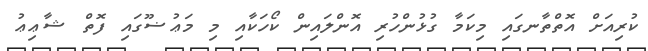
ކުރިއަށް އޮތްތާނގައި މިކަމާ ގުޅުންހުރި އޮންލައިން ކޯހަކާއި މި މަޢުޟޫގައި ފޮތް ޝާޢިޢު